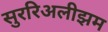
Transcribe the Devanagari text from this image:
सुररिअलीझम